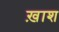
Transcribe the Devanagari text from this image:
ख़ाश